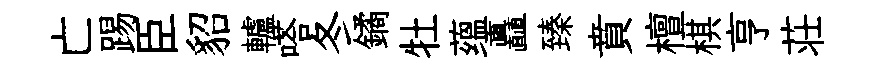
亡踢臣貂轤嗒冬鐍牡蕴矗臻賁檀棋亨荘